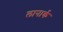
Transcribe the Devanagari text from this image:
लानार्क